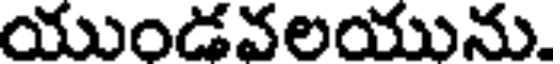
యుండవలయును.